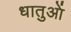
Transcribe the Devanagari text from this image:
धातुआें